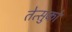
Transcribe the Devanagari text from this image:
तेत्सुको